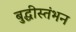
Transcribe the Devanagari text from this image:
बुद्धीस्तंभन